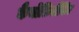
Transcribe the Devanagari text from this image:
कैर्योफ़िलैसिए